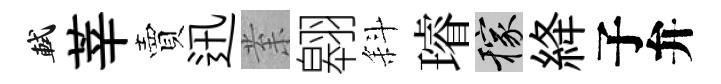
軾莘賣迅𭪙翱斜璿稼絳子弁